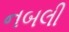
નબલી